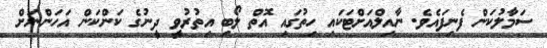
ސަމާލުކަން ފެނިފައެވެ. ނާއިލްއަށްޓަކައި ހިތުގައި އޮތް ލޯބި އިތުރުވީ ދީނުގެ ކަންކަން އަހަންނަށް